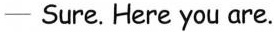
—Sure. Here you are.